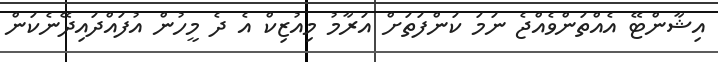
އިޝާންޓޭ އެއްތަންވެއްޖެ ނަމަ ކަންފަތަށް އަރާމު މިއުޒިކް އެ ދެ މީހުން އުފައްދައިދޭނެކަން